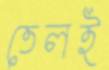
তেলই